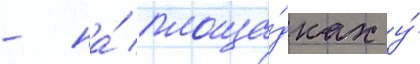
- на́ площа́дках у́